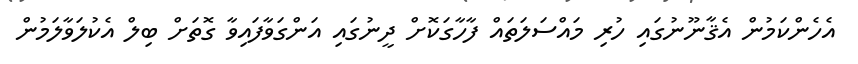
އެހެންކަމުން އެޤާނޫނުގައި ހުރި މައްސަލަތައް ފާހާގަކޮށް ދީނުގައި އަންގަވާފައިވާ ގޮތަށް ބިލް އެކުލަވާލަމުން